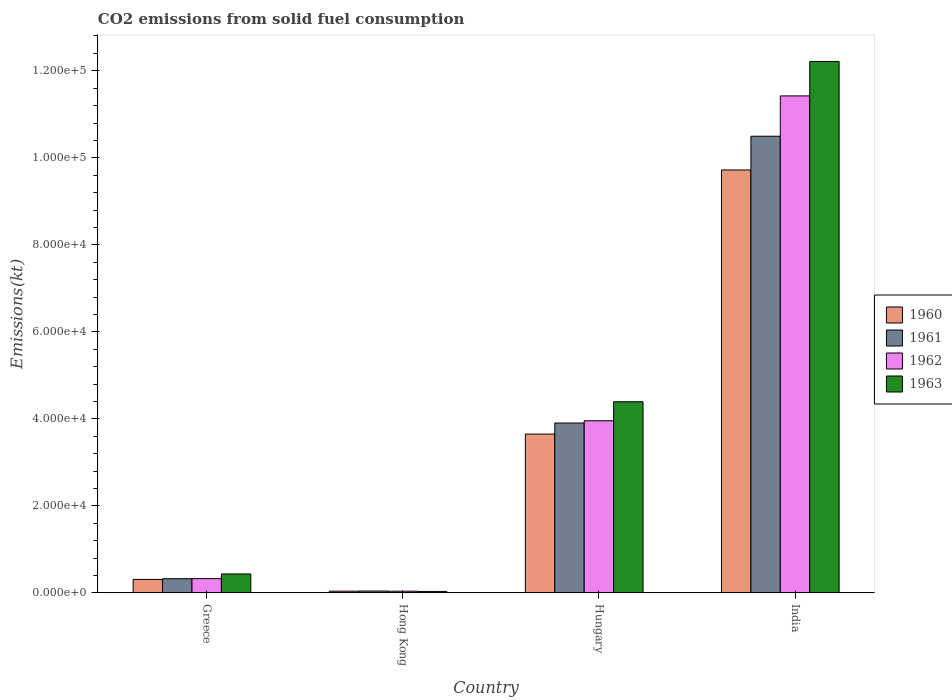
| Country | 1960 | 1961 | 1962 | 1963 |
 | --- | --- | --- | --- | --- |
 | Greece | 3.12e+03 | 3.29e+03 | 3.3e+03 | 4.37e+03 |
 | Hong Kong | 418 | 451 | 411 | 359 |
 | Hungary | 3.65e+04 | 3.91e+04 | 3.96e+04 | 4.39e+04 |
 | India | 9.72e+04 | 1.05e+05 | 1.14e+05 | 1.22e+05 |